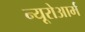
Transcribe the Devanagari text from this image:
न्यूरोआर्म